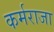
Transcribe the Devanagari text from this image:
कर्मराजा